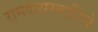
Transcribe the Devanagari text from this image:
रामदासस्वामिंचे